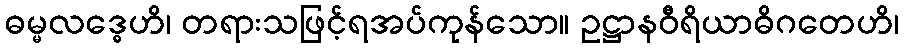
ဓမ္မလဒ္ဓေဟိ၊ တရားသဖြင့်ရအပ်ကုန်သော။ ဥဋ္ဌာနဝီရိယာဓိဂတေဟိ၊